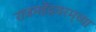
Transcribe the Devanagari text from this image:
राजमहेंद्रवरम्‌च्या